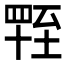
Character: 𦥁